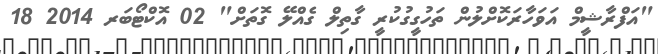
"އަފްރާޝީމް އަވަހާރަކޮށްލުން ތަހުގީގުކުރީ ގާތިލް ގެއްލޭ ގޮތަށް" 02 އޮކްޓޯބަރ 2014 18